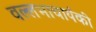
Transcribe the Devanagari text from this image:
वल्लभाचार्यकी